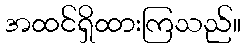
အထင်ရှိထားကြသည်။